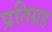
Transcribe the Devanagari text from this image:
प्रतिग्रह